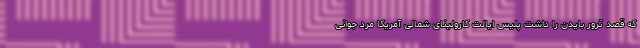
که قصد ترور بایدن را داشت پلیس ایالت کارولینای شمالی آمریکا مرد جوانی